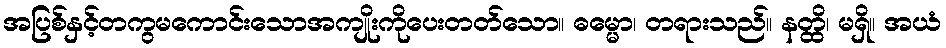
အပြစ်နှင့်တကွမကောင်းသောအကျိုးကိုပေးတတ်သော။ ဓမ္မော၊ တရားသည်။ နတ္ထိ၊ မရှိ။ အယံ